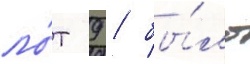
ло́т 9 / бы́ло